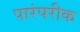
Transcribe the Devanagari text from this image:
पारंपरीक